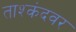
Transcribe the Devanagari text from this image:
ताश्कंदवर